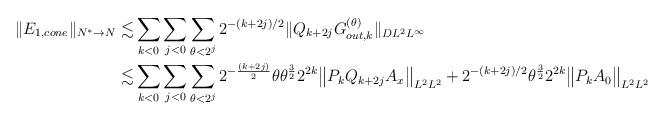
LaTeX: \begin{align*}\| E_{1,cone}\|_{N^* \to N} \lesssim & \sum_{k < 0} \sum_{j < 0} \sum_{\theta < 2^j} 2^{-(k+2j)/2} \| Q_{k+2j} G_{out,k}^{(\theta)}\|_{DL^2L^\infty}\\\lesssim & \sum_{k < 0} \sum_{j < 0} \sum_{\theta < 2^j} 2^{-\frac{(k+2j)}{2}} \theta \theta^{\frac32} 2^{2k}\big\|P_kQ_{k+2j}A_x\big\|_{L^2L^2}+ 2^{-(k+2j)/2} \theta^{\frac32} 2^{2k}\big\|P_kA_0\big\|_{L^2L^2}\end{align*}